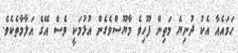
ހަމައެއާ އެކު ދުނިޔެ މަތިން ފޫހިވެ މާޔޫސްވެގެން އުޅުމަކީ ވެސް އޭގެ އަލާމާތެކެވެ.